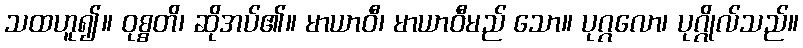
သထဟူ၍။ ဝုစ္စတိ၊ ဆိုအပ်၏။ မာယာဝီ၊ မာယာဝီမည် သော။ ပုဂ္ဂလော၊ ပုဂ္ဂိုလ်သည်။